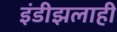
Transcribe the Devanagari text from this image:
इंडीझलाही